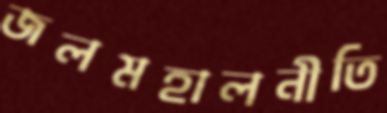
জলমহালনীতি